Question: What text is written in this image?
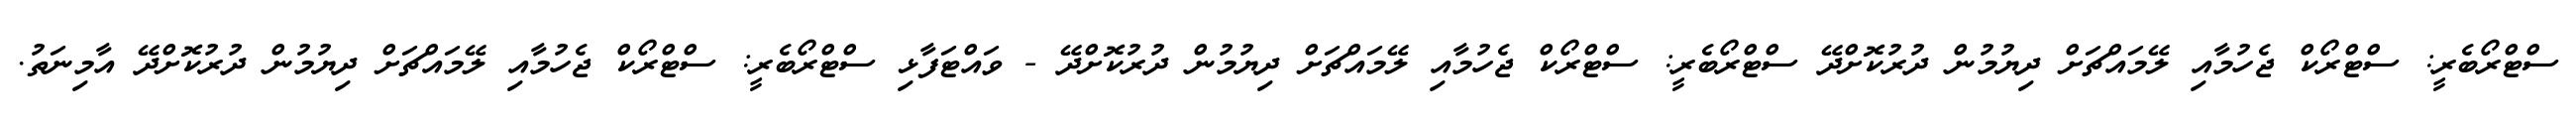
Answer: ސްޓްރޯބެރީ: ސްޓްރޯކް ޖެހުމާއި ލޭމައްޗަށް ދިޔުމުން ދުރުކޮށްދޭ ސްޓްރޯބެރީ: ސްޓްރޯކް ޖެހުމާއި ލޭމައްޗަށް ދިޔުމުން ދުރުކޮށްދޭ - ވައްޓަފާޅި ސްޓްރޯބެރީ: ސްޓްރޯކް ޖެހުމާއި ލޭމައްޗަށް ދިޔުމުން ދުރުކޮށްދޭ އާމިނަތު.